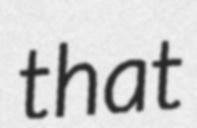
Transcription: that